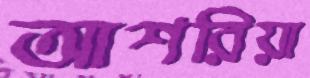
আশরিয়া